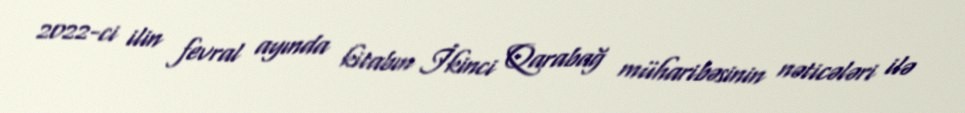
2022-ci ilin fevral ayında kitabın İkinci Qarabağ müharibəsinin nəticələri ilə